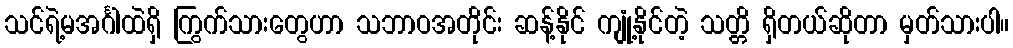
သင်ရဲ့မအင်္ဂါထဲရှိ ကြွက်သားတွေဟာ သဘာဝအတိုင်း ဆန့်နိုင် ကျုံ့နိုင်တဲ့ သတ္တိ ရှိတယ်ဆိုတာ မှတ်သားပါ။